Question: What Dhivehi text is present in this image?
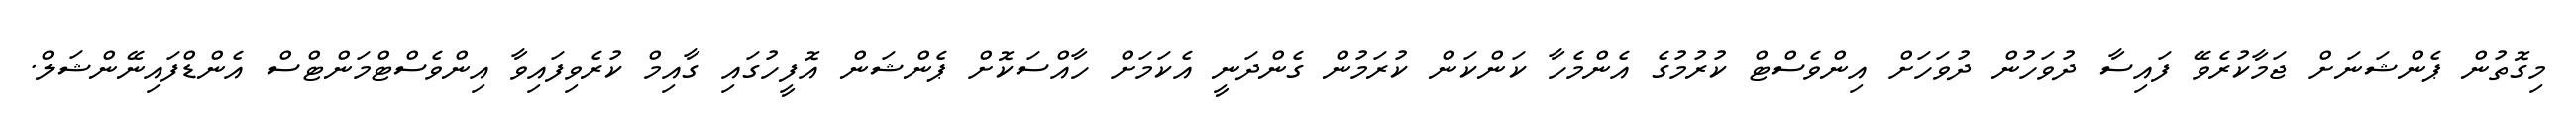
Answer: މިގޮތުން ޕެންޝަނަށް ޖަމާކުރެވޭ ފައިސާ ދުވަހުން ދުވަހަށް އިންވެސްޓް ކުރުމުގެ އެންމެހާ ކަންކަން ކުރަމުން ގެންދަނީ އެކަމަށް ހާއްސަކޮށް ޕެންޝަން އޮފީހުގައި ގާއިމް ކުރެވިފައިވާ އިންވެސްޓްމަންޓްސް އެންޑްފައިނޭންޝަލް.